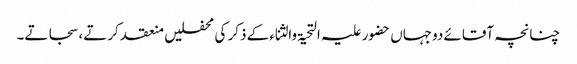
چنانچہ آقائے دوجہاں حضور علیہ التحیۃ والثناء کے ذکر کی محفلیں منعقد کرتے، سجاتے۔